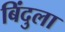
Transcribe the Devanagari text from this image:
बिंदुला